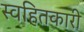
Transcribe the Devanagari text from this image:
स्वहितकारी